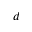
d